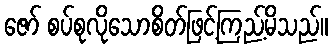
ဇော် စပ်စုလိုသောစိတ်ဖြင့်ကြည့်မိသည်။